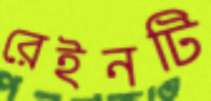
রেইনটি